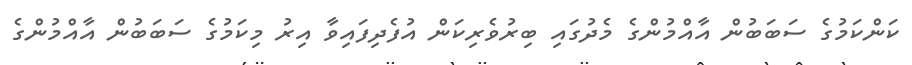
ކަންކަމުގެ ސަބަބުން އާއްމުންގެ މެދުގައި ބިރުވެރިކަން އުފެދިފައިވާ އިރު މިކަމުގެ ސަބަބުން އާއްމުންގެ